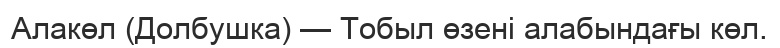
Алакөл (Долбушка) — Тобыл өзені алабындағы көл.